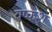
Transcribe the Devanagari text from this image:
वष्कश